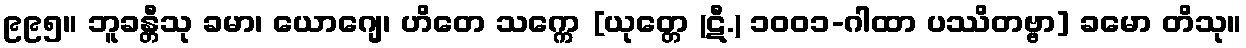
၉၉၅။ ဘူခန္တီသု ခမာ၊ ယောဂျေ၊ ဟိတေ သက္ကေ [ယုတ္တေ (ဋီ.) ၁၀၀၁-ဂါထာ ပဿိတဗ္ဗာ] ခမော တိသု။